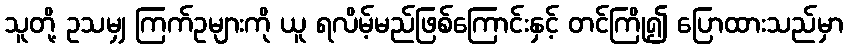
သူတို့ ဥသမျှ ကြက်ဥများကို ယူ ရလိမ့်မည်ဖြစ်ကြောင်းနှင့် တင်ကြို၍ ပြောထားသည်မှာ